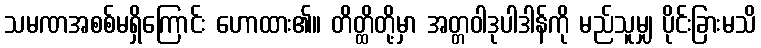
သမဏအစစ်မရှိကြောင်း ဟောထား၏။ တိတ္ထိတို့မှာ အတ္တဝါဒုပါဒါန်ကို မည်သူမျှ ပိုင်းခြားမသိ